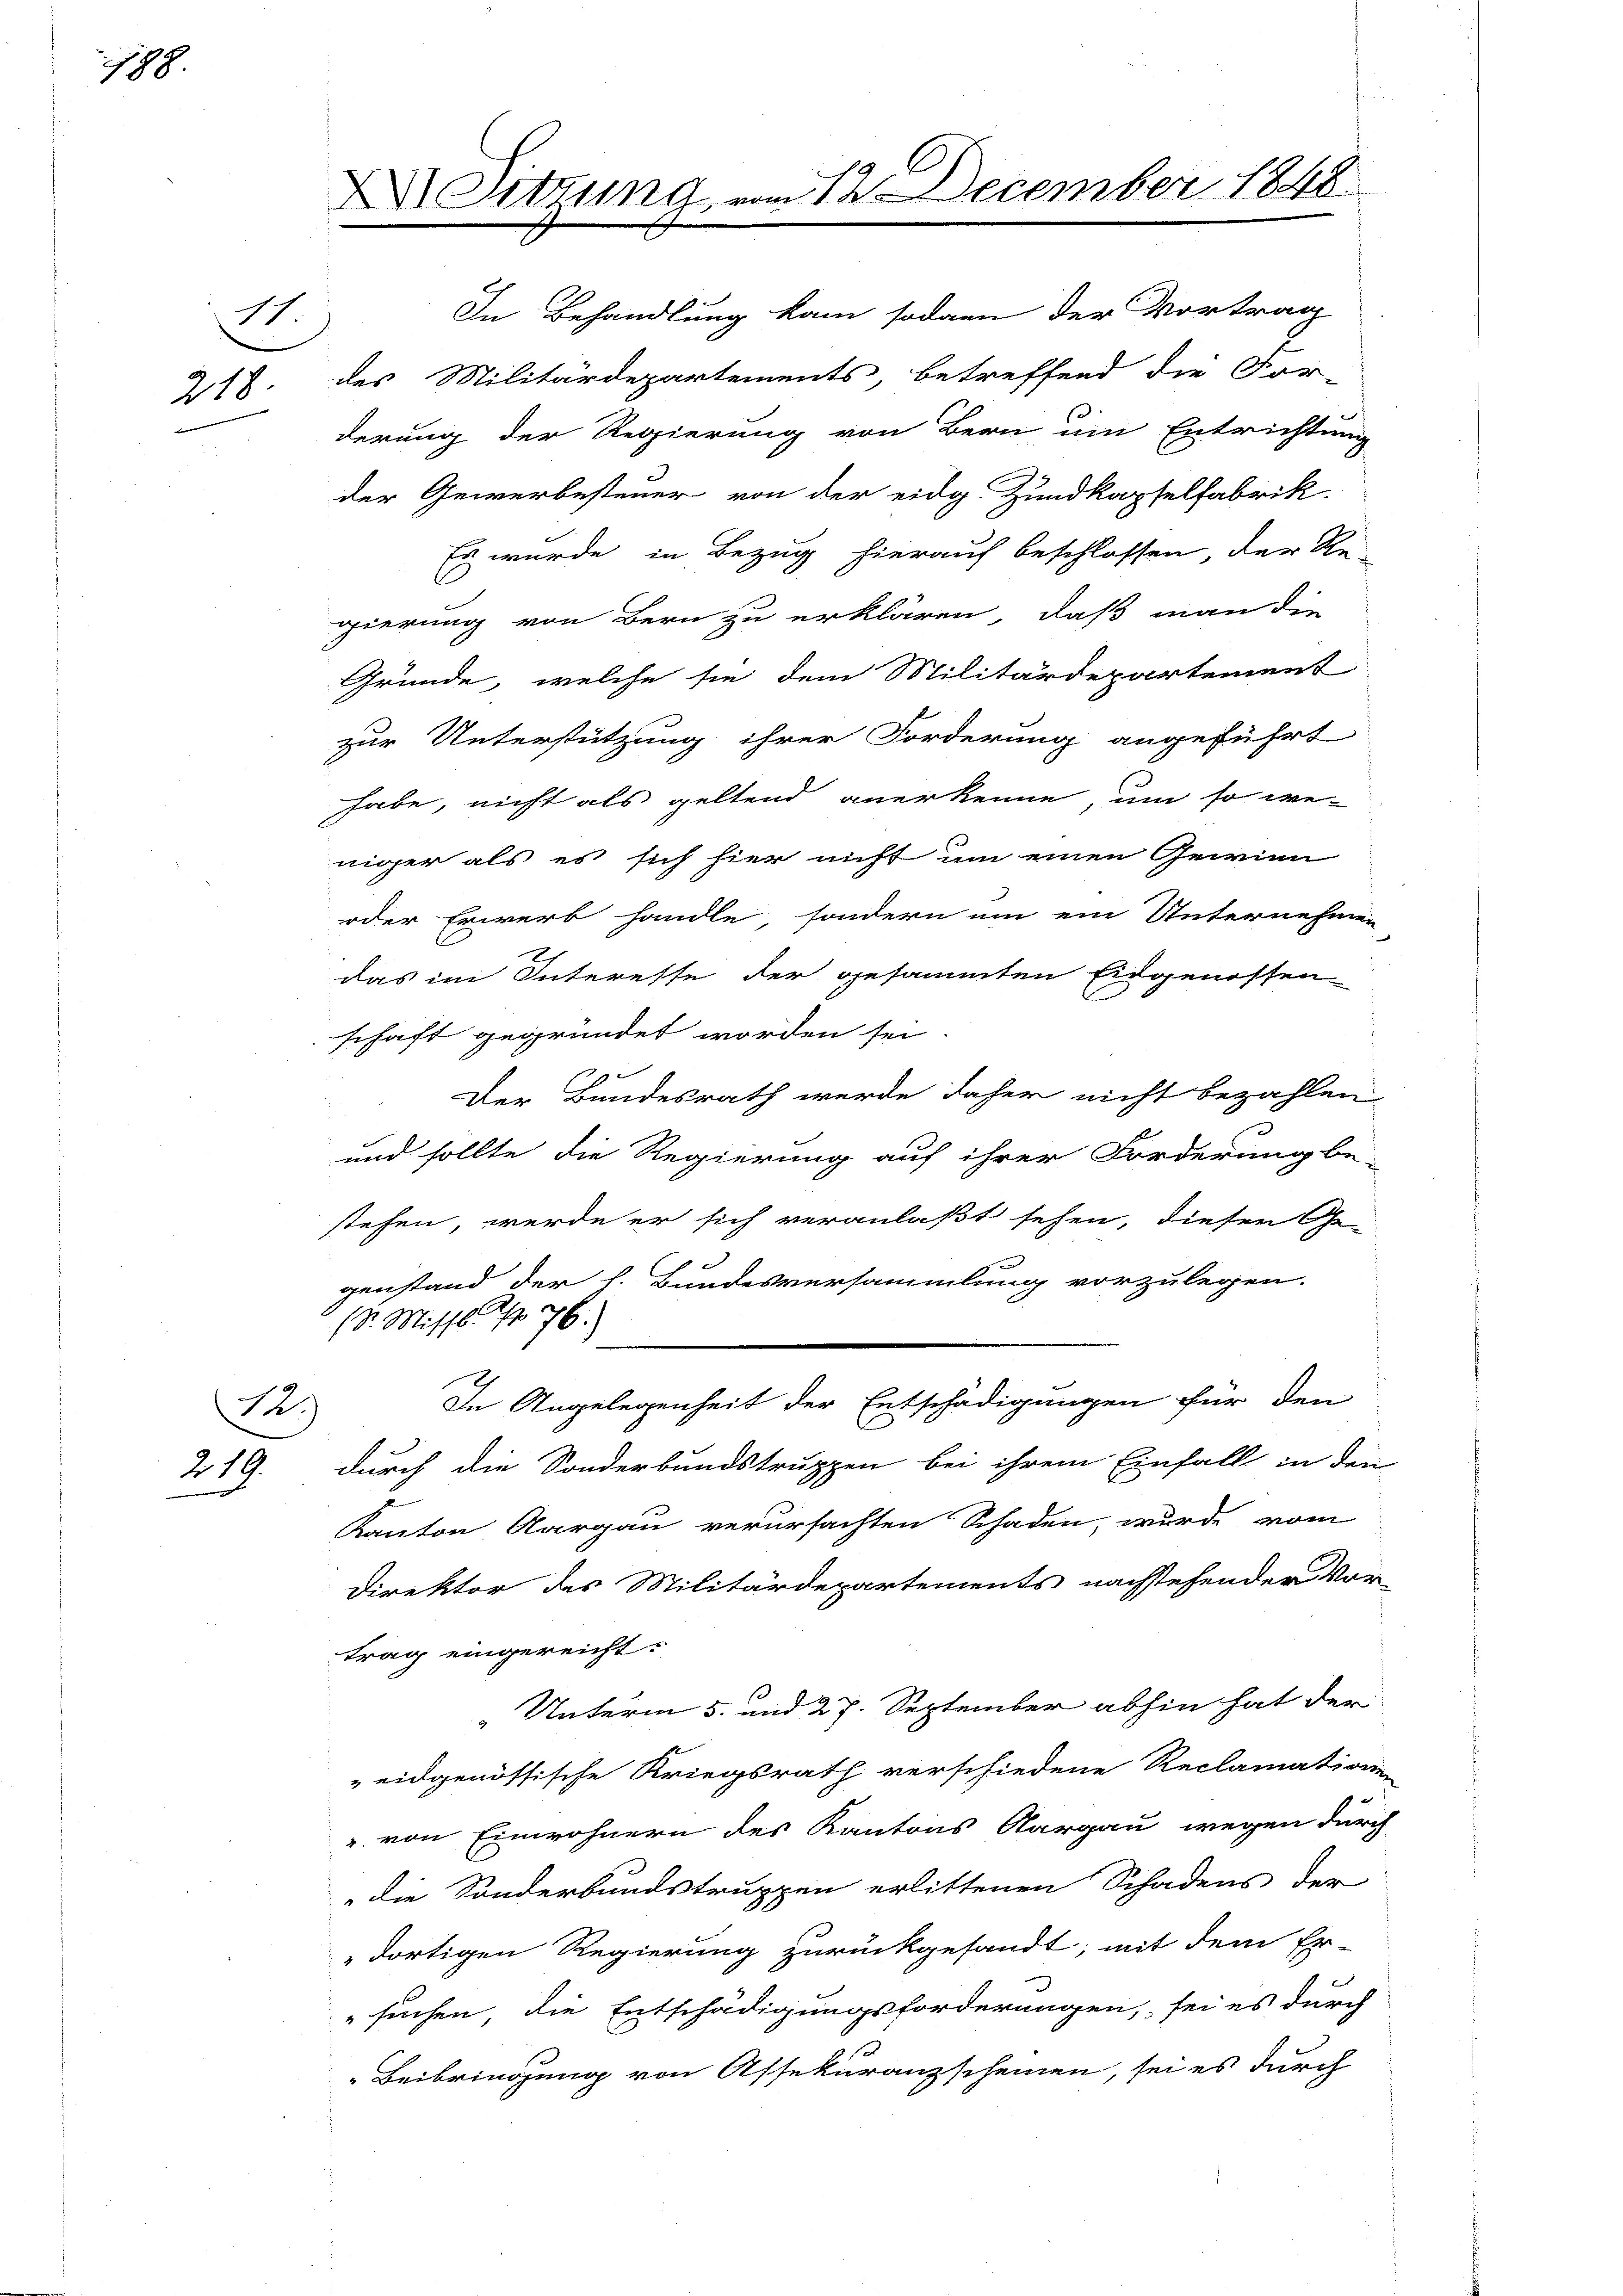
188

218

2.

219.

Su

ASitzung vom 12 December 1848.

In Behandlung kam sodann der Vortrag
des Militärdepartements, betreffend die For-
derung der Regierung von Bern um Entrichtung
der Gewerbesteuer von der eidg. Zundkapselfabrik.
Es wurde in Bezug hierauf beschlossen der Re-
gierung von Bern zu erklären, daß man die
Gründe, welche sie dem Militärdepartement
zur Unterstützung ihrer Forderung angeführt
habe, nicht als geltend anerkenne, um so we-
niger als es sich hier nicht um einen Gewinn
oder Erwerb handle sondern um ein Unternehmen
das im Interesse der gesammten Eidgenossen
schaft gegründet worden sei.
Der Bundesrath werde daher nicht bezahlen
und sollte die Regierung auf ihrer Forderung be-
stehen, werde er sich veranlaßt sehen, diesen Ge-
genstand der h. Bundesversammlung vorzulegen.
(Dr. Missl. No 76.)
In Angelegenheit der Entschädigungen für den
durch die Sonderbundstruppen bei ihrem Einfall in den
Kanton Aargau verursachten Schaden, wurde vom
Direktor des Militärdepartements nachstehender Vor-
trag eingereicht.
" Unterm 5. und 27. September abhin hat der
eidgenössische Kriegsrath verschiedene Reclamations
. von Einwohnern des Kantons Aargau wegen durch
die Sonderbundstruppen erlittenen Schadens der
dortigen Regierung zurückgesandt, mit dem Er-
suchen, die Entschädigungsforderungen, sei es durch
Beibringung von Assekuranzscheinen, sei es durch